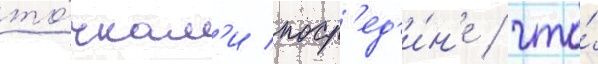
то́чкам'и поср'ед'и́н'е / что́